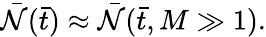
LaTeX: {\bar{\cal N}}({\bar{t}})\approx{\bar{\cal N}}({\bar{t}},M\gg 1).